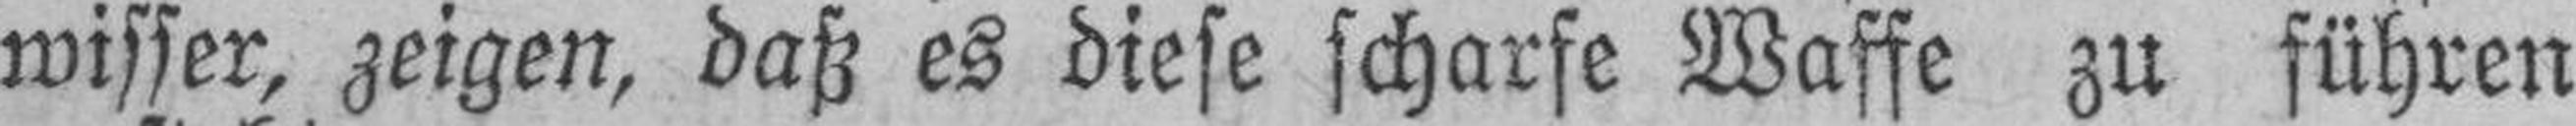
wisser, zeigen, daß es diese scharfe Waffe zu führen